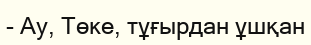
- Ау, Төке, тұғырдан ұшқан